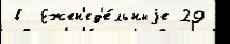
в  Ежен'ед'е́льныjе 29